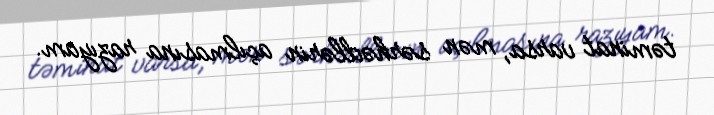
təminat varsa, mən sərhədlərin açılmasına razıyam.